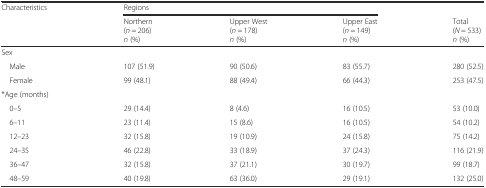
| Characteristics | <COLSPAN=3> Regions |  |
 |  | Northern(n = 206)n (%) | Upper West(n = 178)n (%) | Upper East(n = 149)n (%) | Total(N = 533)n (%) |
 | --- | --- | --- | --- | --- |
 | Sex |  |  |  |  |
 | Male | 107 (51.9) | 90 (50.6) | 83 (55.7) | 280 (52.5) |
 | Female | 99 (48.1) | 88 (49.4) | 66 (44.3) | 253 (47.5) |
 | *Age (months) |  |  |  |  |
 | 0–5 | 29 (14.4) | 8 (4.6) | 16 (10.5) | 53 (10.0) |
 | 6–11 | 23 (11.4) | 15 (8.6) | 16 (10.5) | 54 (10.2) |
 | 12–23 | 32 (15.8) | 19 (10.9) | 24 (15.8) | 75 (14.2) |
 | 24–35 | 46 (22.8) | 33 (18.9) | 37 (24.3) | 116 (21.9) |
 | 36–47 | 32 (15.8) | 37 (21.1) | 30 (19.7) | 99 (18.7) |
 | 48–59 | 40 (19.8) | 63 (36.0) | 29 (19.1) | 132 (25.0) |